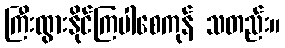
ကြီးထွားနိုင်ကြပါစေကုန် သတည်း။